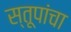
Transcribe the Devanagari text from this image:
स्तूपांचा